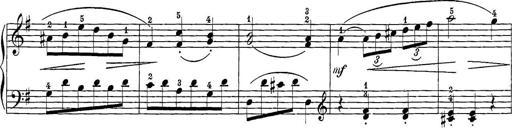
Title: 12 Sonatine per Pianoforte
Composer: Friedrich Kuhlau